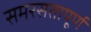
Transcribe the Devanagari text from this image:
समरसतापूर्ण